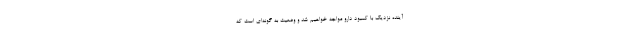
آینده نزدیک با کمبود دارو مواجه خواهیم شد و وضعیت به گونه‌ای است که